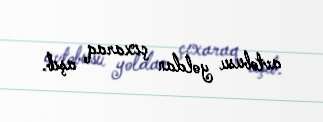
avtobusu yoldan çıxaraq aşıb.